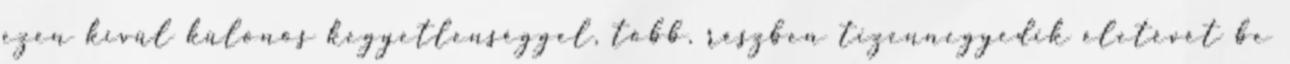
ezen kívül különös kegyetlenséggel, több, részben tizennegyedik életévét be